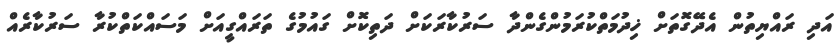
އަދި ރައްޔިތުން އެދޭގޮތަށް ޚިދުމަތްކުރަމުންގެންދާ ސަރުކާރަކަށް ދަތިކޮށް ގައުމުގެ ތަރައްގީއަށް މަސައްކަތްކުރާ ސަރުކާރެއް